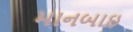
માનબાઇ